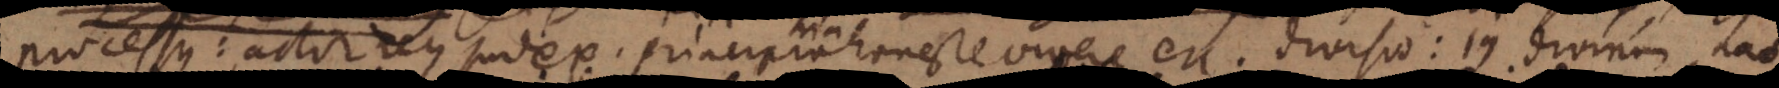
processus: actor reus judex. Principia honeste vivere etc. divisio: jus divinum,